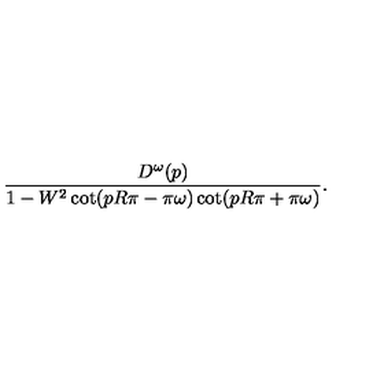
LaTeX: \frac { D ^ { \omega } ( p ) } { 1 - W ^ { 2 } \cot ( p R \pi - \pi \omega ) \cot ( p R \pi + \pi \omega ) } .